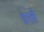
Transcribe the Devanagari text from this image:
७१वे